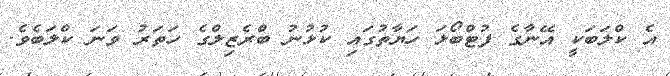
އެ ކްލަބަކީ އޭނާގެ ފުޓްބޯޅަ ހަޔާތުގައި ކުޅުނު ބްރެޒިލްގެ ހަތަރު ވަނަ ކްލަބެވެ.